Voru_kinnistusamet, lk 19
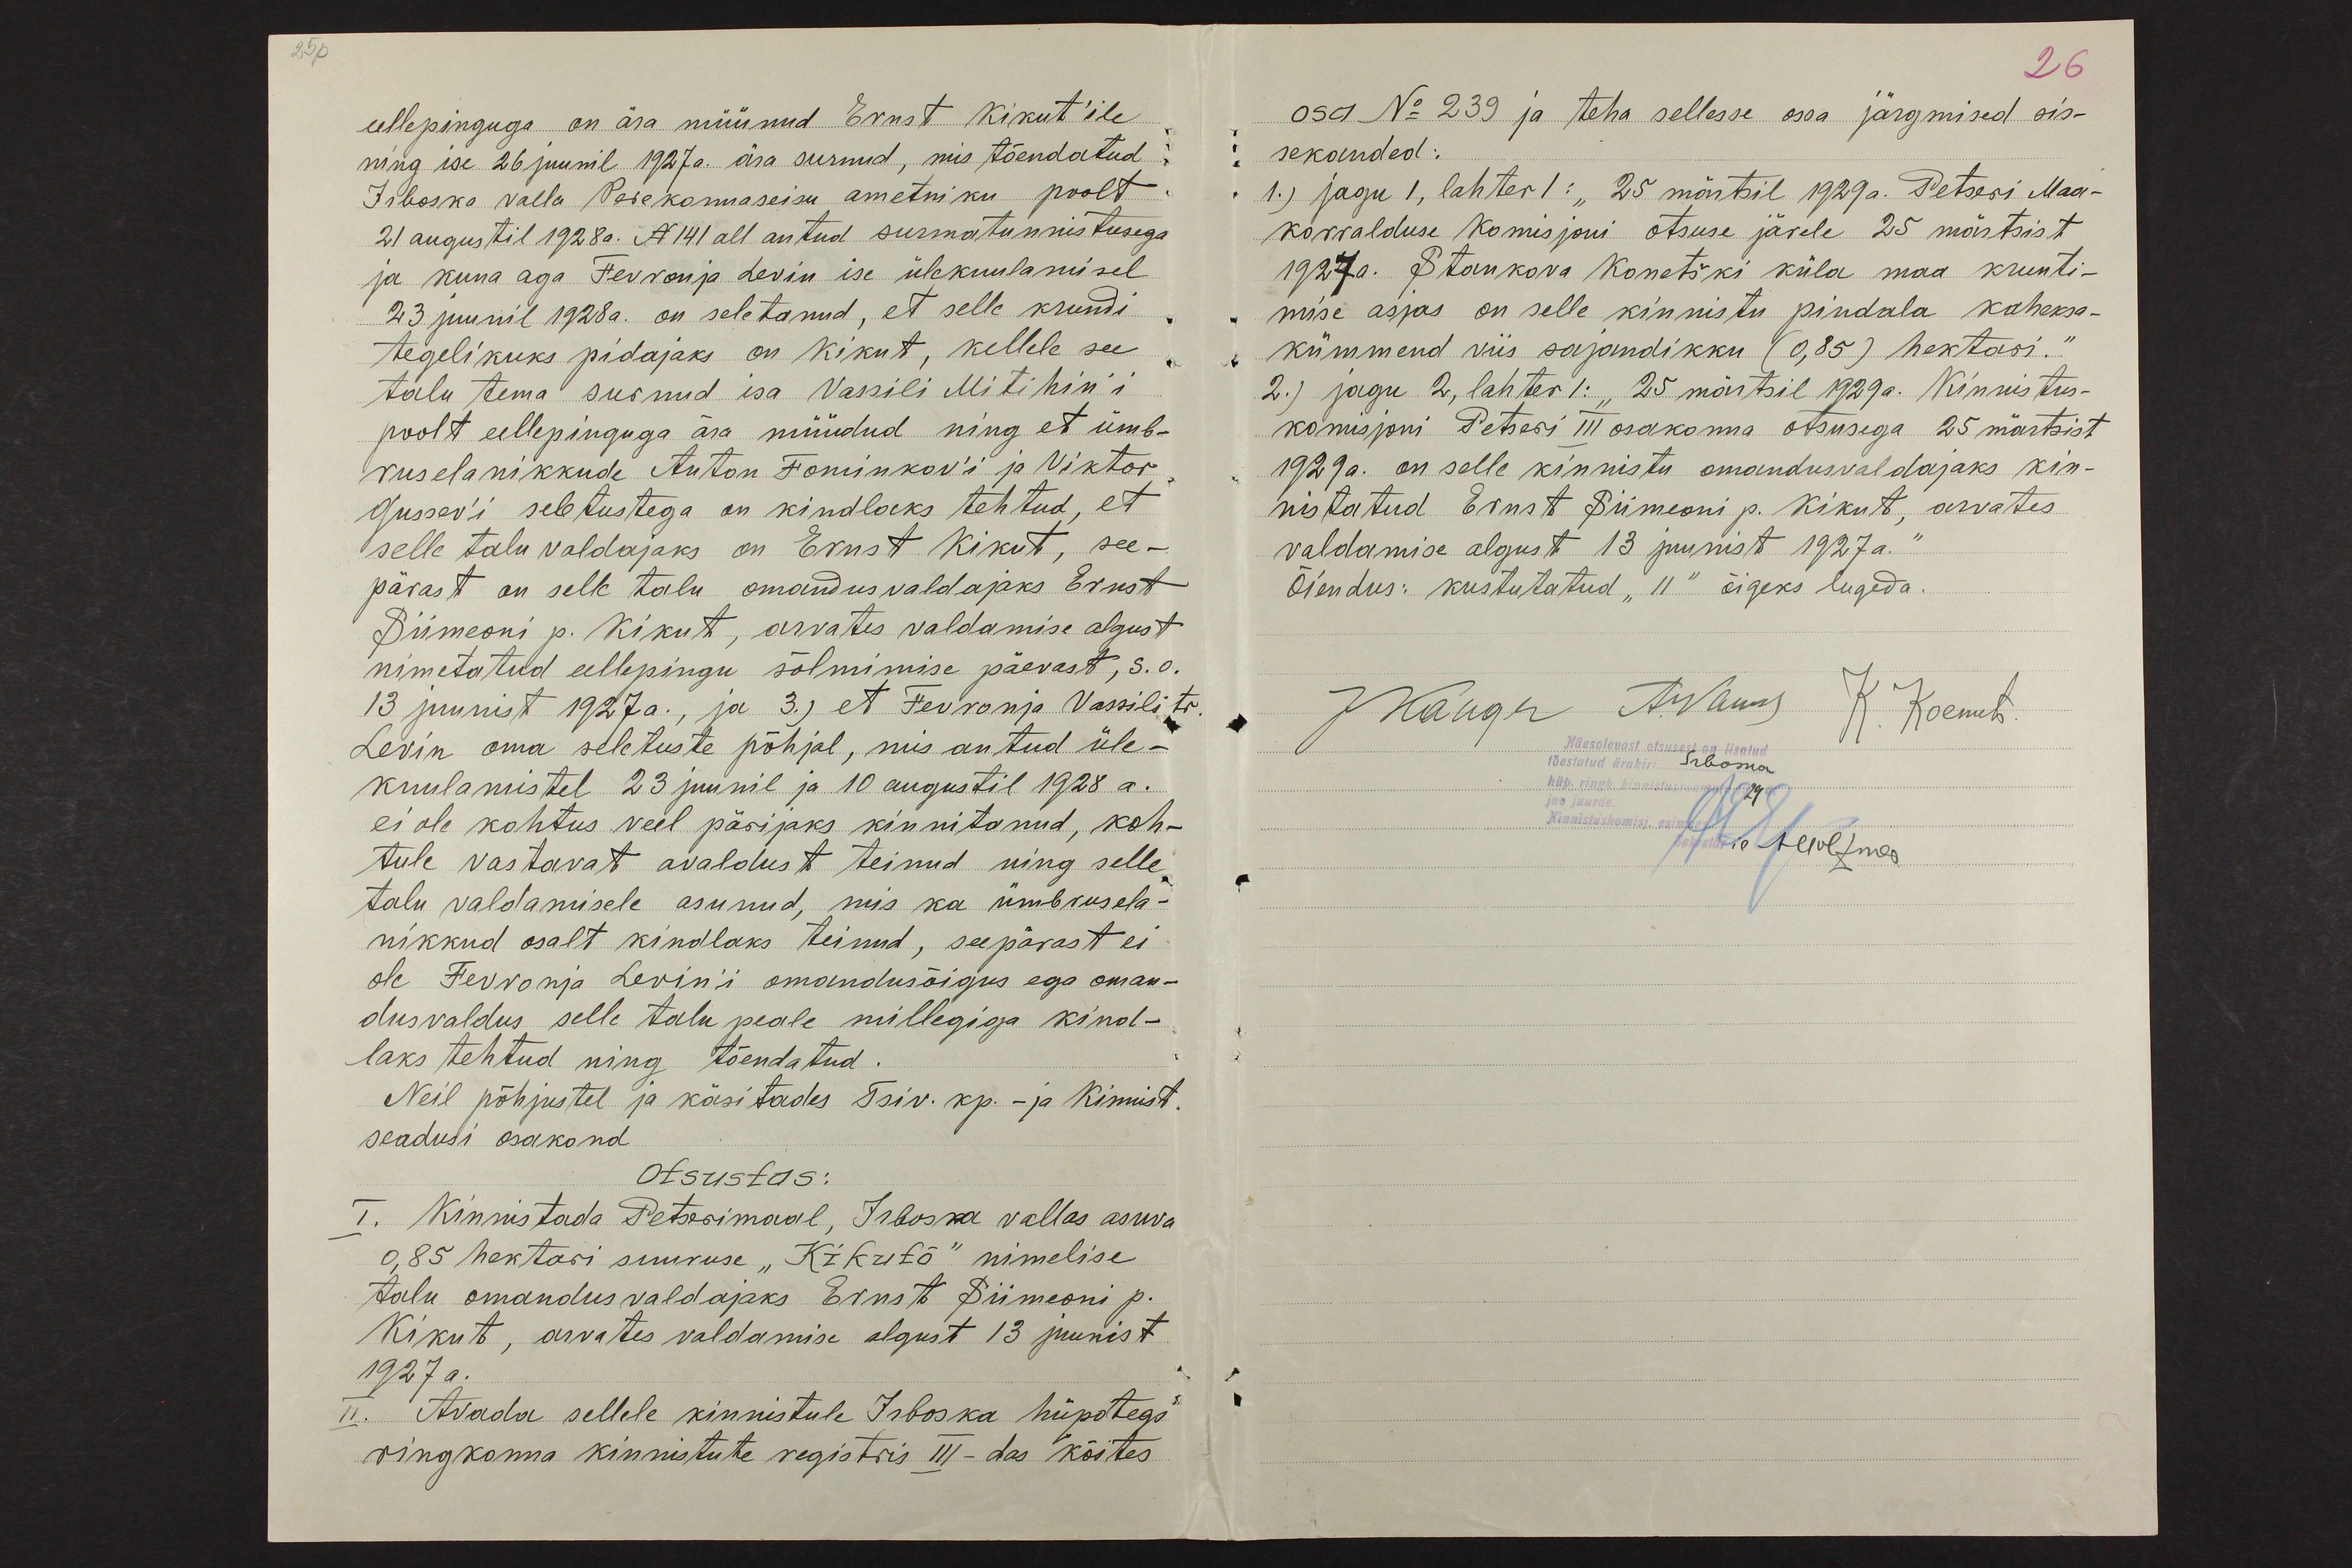
25p
eellepinguga on ära müünud Ernst Kikut´ile
ning ise 26 juunil 1927 a. ära surnud, mis tõendatud
Irboska valla Perekonnaseisu ametniku poolt
21 augustil 1928a. N141 all antud surmatunnistusega
ja kuna aga Fevronja Levin ise ülekuulamisel
23 juunil 1928a. on seletanud, et selle krundi
tegelikuks pidajaks on Kikut, kellele see
talu tema surnud isa Vassili Mitihin'i
poolt eellepinguga ära müüdud ning et ümb-
ruselanikkude Anton Fominkov'i ja Viktor
Gussev´i seletustega on kindlaks tehtud, et
selle talu valdajaks on Ernst Kikut, see-
pärast on selle talu omandusvaldajaks Ernst
Siimeoni p. Kikut, arvates valdamise algust
nimetatud eellepingu sõlmimise päevast, s.o.
13 juunist 1927a., ja 3.) et Fevronja Vassili tr.
Levin oma seletuste põhjal, mis antud üle-
kuulamistel 23 juunil ja 10 augustil 1928 a.
ei ole kohtus veel pärijaks kinnitanud, koh-
tule vastavat avaldust teinud ning selle
talu valdamisele asunud, mis ka ümbrusela-
nikkud osalt kindlaks teinud, seepärast ei
ole Fevronja Levini omandusõigus ega oman-
dusvaldus selle talu peale millegiga kind-
laks tehtud ning tõendatud.
Neil põhjustel ja käsitades Tsiv. kp. - ja Kinnist.
seadusi osakond
Otsustas:
I. Kinnistada Petserimaal, Irboska vallas asuva
0,85 hektari suuruse "Kikutõ" nimelise
talu omandusvaldajaks Ernst Siimeoni p.
Kikut, arvates valdamise algust 13 juunist
1927 a.
II. Avada sellele kinnistule Irboska hüpotegi
ringkonna kinnistute registris III - das köites

26
osa No 239 ja teha sellesse ossa järgmised sis-
sekanded:
1.) jagu 1, lahter 1: "25 märtsil 1929a. Petseri Maa-
korralduse Komisjoni otsuse järele 25 märtsist
1927 a. Stankova Konetški küla maa krunti-
mise asjas on selle kinnistu pindala kaheksa-
kümmend viis sajandikku (0,85) hektari."
2.) jagu 2, lahter 1: "25 märtsil 1929a. Kinnistus-
komisjoni Petseri III osakonna otsusega 25 märtsist
1929 a. on selle kinnistu omandusvaldajaks kin-
nistatud Ernst Siimeoni p. Kikut, arvates
valdamise algust 13 juunist 1927a."
Õiendus: kustutatud "11" õigeks lugeda.
JKanger A.Narusk
K. Koemets
Käesolevast otsusest on lisatud
tõestatud ärakiri Irboska
hüp.ringk. kinnistus
jao juurde.
Kinnistuskomisjoni esimees
Sekretäri a AHolzmer